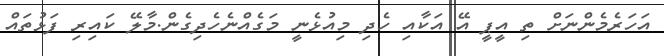
އަހަރެމެންނަށް ތި އީޕީ އޭ އަކާއި ހެދި މިއުޅެނީ މަގެއްނެހެދިގެން.މާލޭ ކައިރި ފަޅުތައް